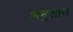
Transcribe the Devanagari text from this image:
अनुसास